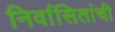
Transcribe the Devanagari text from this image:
निर्वासितांची